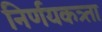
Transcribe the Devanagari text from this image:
निर्णयकत्र्ता